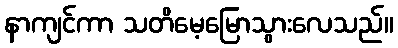
နာကျင်ကာ သတိမေ့မြောသွားလေသည်။